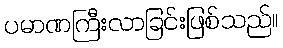
ပမာဏကြီးလာခြင်းဖြစ်သည်။